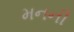
મનની